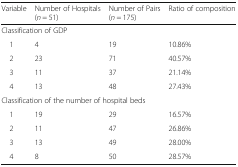
<table><thead><tr><td><b>Variable</b></td><td><b>Number of Hospitals(<i>n</i> = 51)</b></td><td><b>Number of Pairs(<i>n</i> = 175)</b></td><td><b>Ratio of composition</b></td></tr></thead><tbody><tr><td colspan="4">Classification of GDP</td></tr><tr><td> 1</td><td>4</td><td>19</td><td>10.86%</td></tr><tr><td> 2</td><td>23</td><td>71</td><td>40.57%</td></tr><tr><td> 3</td><td>11</td><td>37</td><td>21.14%</td></tr><tr><td> 4</td><td>13</td><td>48</td><td>27.43%</td></tr><tr><td colspan="4">Classification of the number of hospital beds</td></tr><tr><td> 1</td><td>19</td><td>29</td><td>16.57%</td></tr><tr><td> 2</td><td>11</td><td>47</td><td>26.86%</td></tr><tr><td> 3</td><td>13</td><td>49</td><td>28.00%</td></tr><tr><td> 4</td><td>8</td><td>50</td><td>28.57%</td></tr></tbody></table>